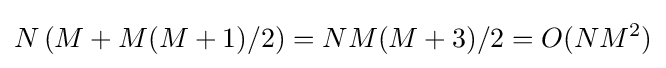
N\left(M+{M(M+1)}/{2}\right)={NM(M+3)}/2=O(NM^{2})